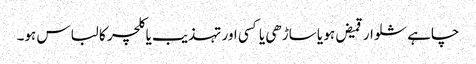
چاہے شلوار قمیض ہو یا ساڑھی یا کسی اور تہذیب یا کلچر کا لباس ہو۔